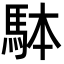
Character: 𩢕